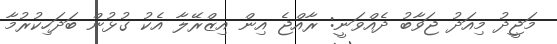
މަޖީދު މިއަދު ޖަވާބު ދެއްވަނީ: ރާއްޖެ އިން އިޒްރޭލާ އެކު ގުޅުން ބަދަހިކުރުމާ